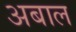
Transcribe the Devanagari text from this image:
अबाल